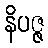
နိပဇ္ဇ